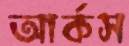
আর্কস